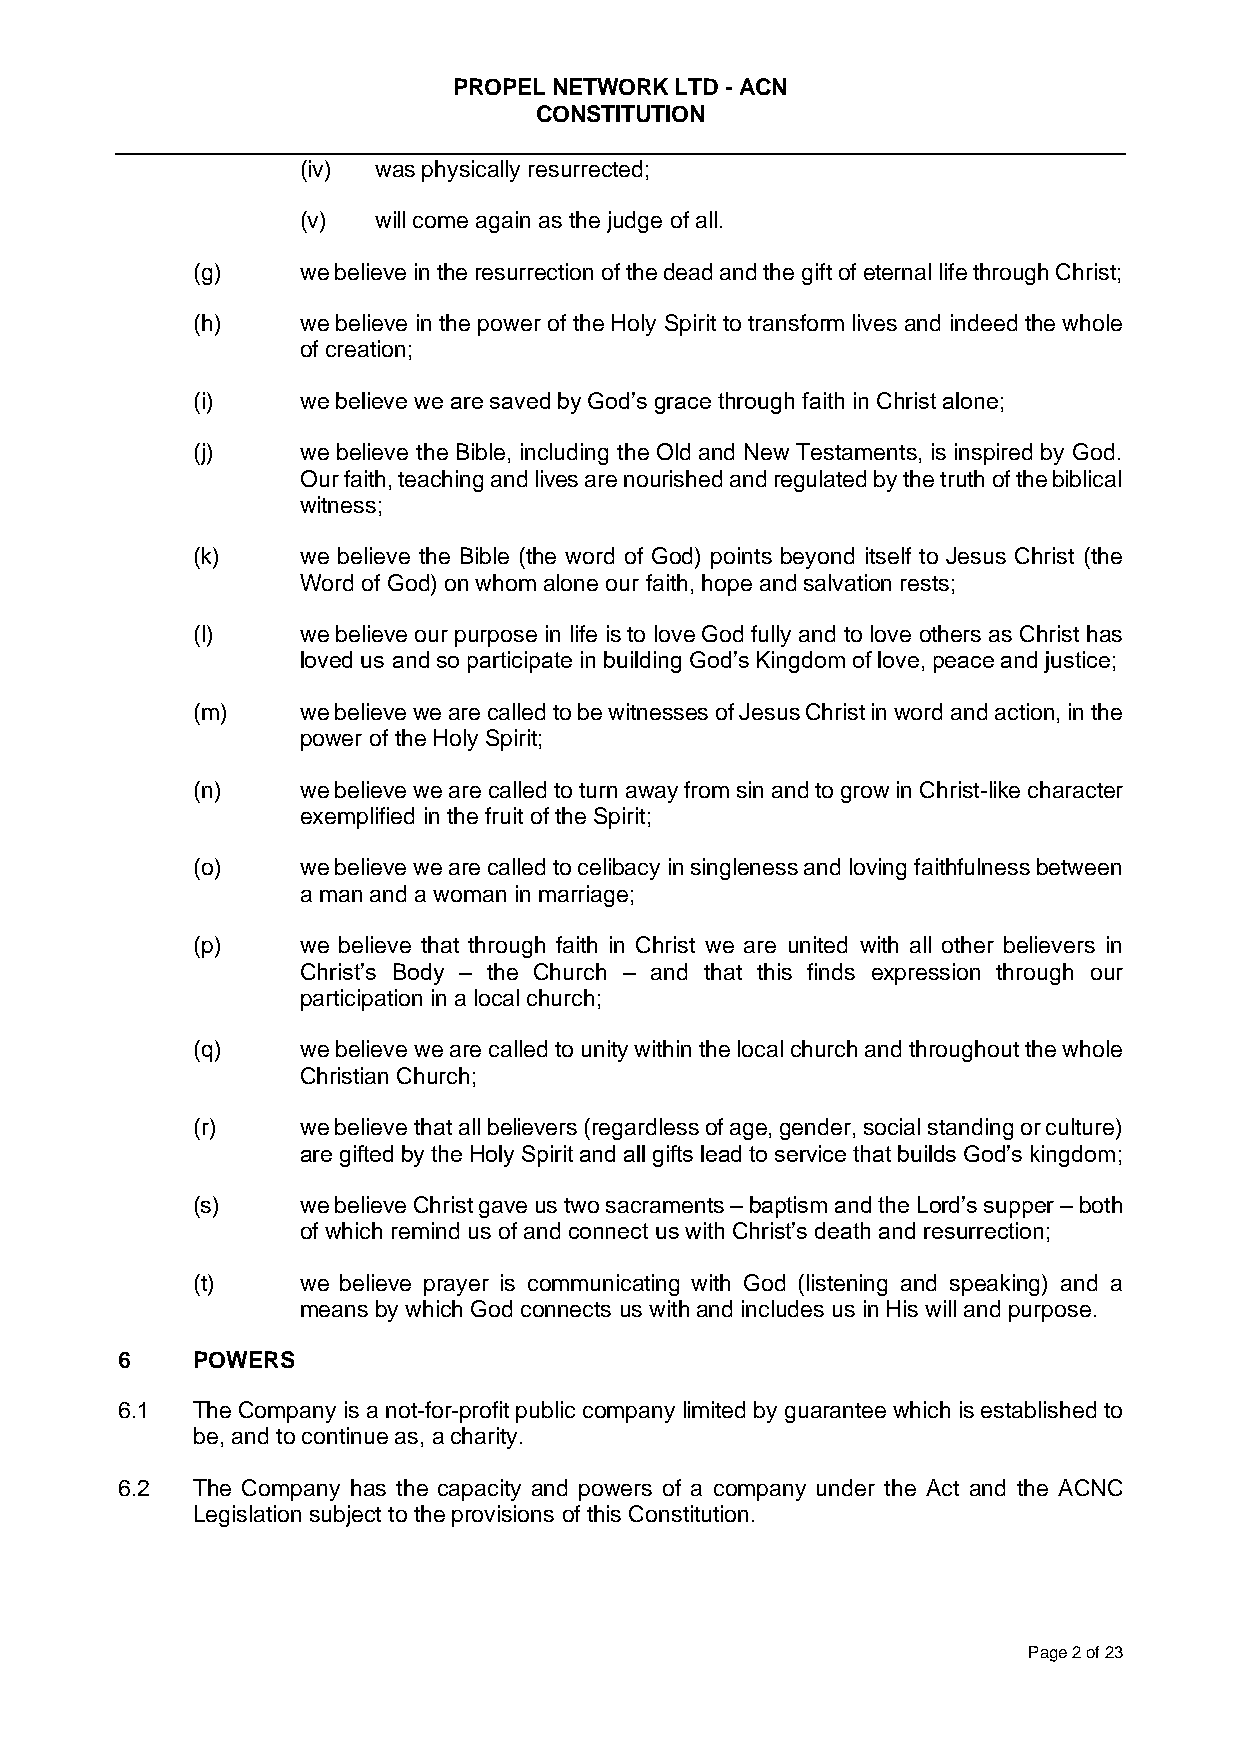
PROPEL NETWORK LTD - ACN
 CONSTITUTION
 (iv) was physically resurrected;
 (v)  will come again as the judge of all.
 (g)    we believe in the resurrection of the dead and the gift of eternal life through Christ;
 (h)    we believe in the power of the Holy Spirit to transform lives and indeed the whole
 of creation;
 (i)    we believe we are saved by God’s grace through faith in Christ alone;
 (j)    we believe the Bible, including the Old and New Testaments, is inspired by God.
 Our faith, teaching and lives are nourished and regulated by the truth of the biblical
 witness;
 (k)    we believe the Bible (the word of God) points beyond itself to Jesus Christ (the
 Word of God) on whom alone our faith, hope and salvation rests;
 (l)    we believe our purpose in life is to love God fully and to love others as Christ has
 loved us and so participate in building God’s Kingdom of love, peace and justice;
 (m)    we believe we are called to be witnesses of Jesus Christ in word and action, in the
 power of the Holy Spirit;
 (n)    we believe we are called to turn away from sin and to grow in Christ-like character
 exemplified in the fruit of the Spirit;
 (o)    we believe we are called to celibacy in singleness and loving faithfulness between
 a man and a woman in marriage;
 (p)    we believe that through faith in Christ we are united with all other believers in
 Christ’s Body – the Church – and that this finds expression through our
 participation in a local church;
 (q)    we believe we are called to unity within the local church and throughout the whole
 Christian Church;
 (r)    we believe that all believers (regardless of age, gender, social standing or culture)
 are gifted by the Holy Spirit and all gifts lead to service that builds God’s kingdom;
 (s)    we believe Christ gave us two sacraments – baptism and the Lord’s supper – both
 of which remind us of and connect us with Christ’s death and resurrection;
 (t)    we believe prayer is communicating with God (listening and speaking) and a
 means by which God connects us with and includes us in His will and purpose.
 6    POWERS
 6.1  The Company is a not-for-profit public company limited by guarantee which is established to
 be, and to continue as, a charity.
 6.2  The Company has the capacity and powers of a company under the Act and the ACNC
 Legislation subject to the provisions of this Constitution.
 Page 2 of 23